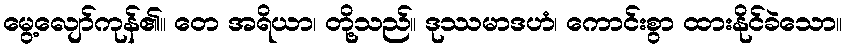
မွေ့လျော်ကုန်၏။ တေ အရိယာ၊ တို့သည်။ ဒုဿမာဒဟံ၊ ကောင်းစွာ ထားနိုင်ခဲသော။